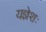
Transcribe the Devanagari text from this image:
यज्ञेशः